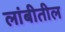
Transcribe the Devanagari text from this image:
लांबीतील